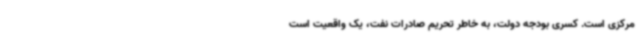
مرکزی است. کسری بودجه دولت، به خاطر تحریم صادرات نفت، یک واقعیت است